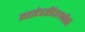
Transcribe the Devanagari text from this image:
महादेवजीदेवगणोंको